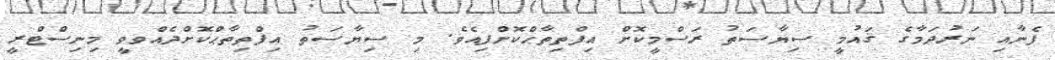
ފެނާއި ނަރުދަމާގެ ޤައުމީ ސިޔާސަތު ރަސްމީކޮށް އިފްތިތާޙްކޮށްފިއެވެ. މި ސިޔާސަތު އިފްތިތާޙްކޮށްދެއްވވީ މިނިސްޓްރީ